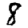
Digit: 8